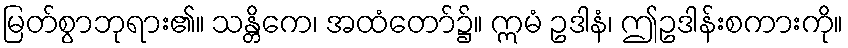
မြတ်စွာဘုရား၏။ သန္တိကေ၊ အထံတော်၌။ ဣမံ ဥဒါနံ၊ ဤဥဒါန်းစကားကို။